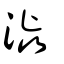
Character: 澀